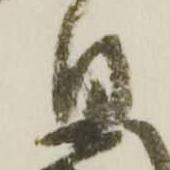
日